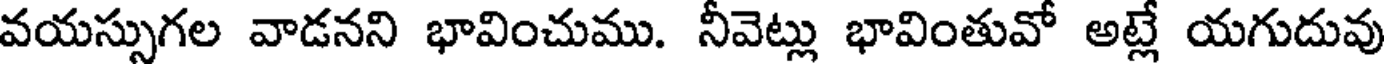
వయస్సుగల వాడనని భావించుము. నీవెట్లు భావింతువో అట్లే యగుదువు